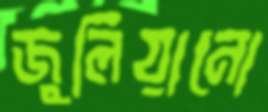
জুলিয়ানো